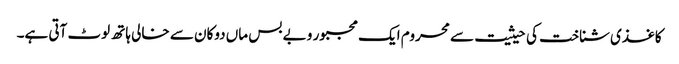
کاغذی شناخت کی حیثیت سے محروم ایک مجبور و بے بس ماں دوکان سے خالی ہاتھ لوٹ آتی ہے۔